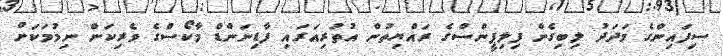
ސިފައިންގެ މަދަދު ލިބިގެން ފިލިޕީންސްގެ ރައްޔިތުން އުތުރިއަރައި ފާޑިނަންޑް މާކޯސްގެ ވެރިކަން ނިމުމަކަށް